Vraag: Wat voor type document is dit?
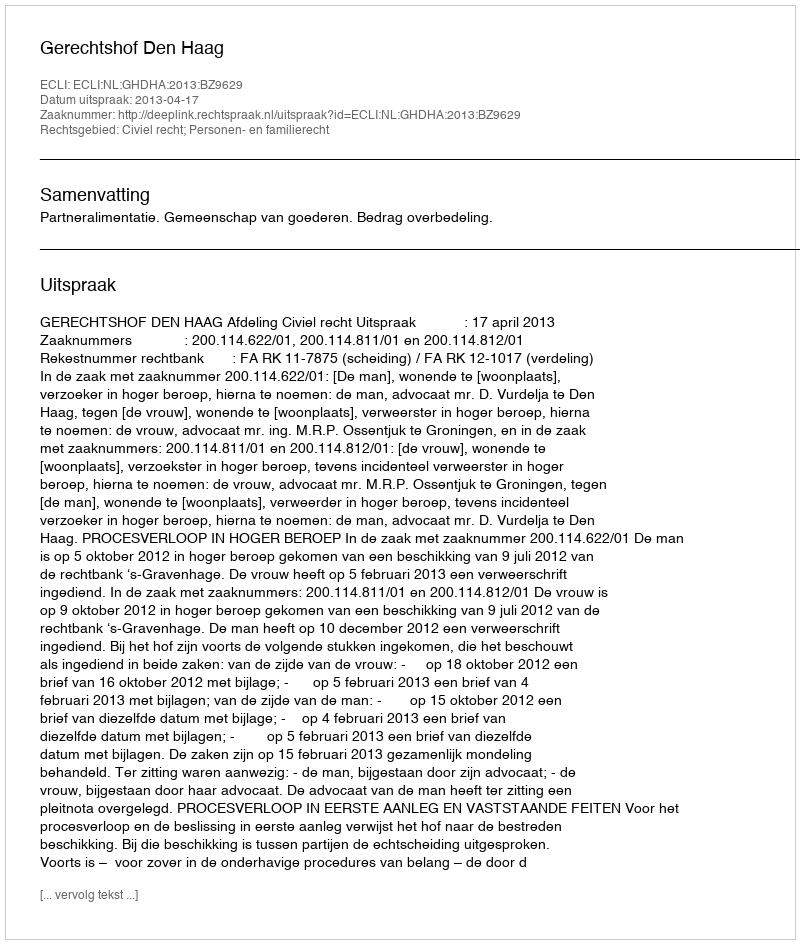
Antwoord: Uitspraak